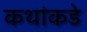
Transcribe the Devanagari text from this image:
कथांकडे